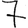
Digit: 7